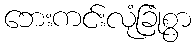
ဘေးကင်းလုံခြုံစွာ